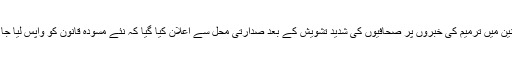
میڈیا قوانین میں ترمیم کی خبروں پر صحافیوں کی شدید تشویش کے بعد صدارتی محل سے اعلان کیا گیا کہ نئے مسودہ قانون کو واپس لیا جا رہا ہے۔